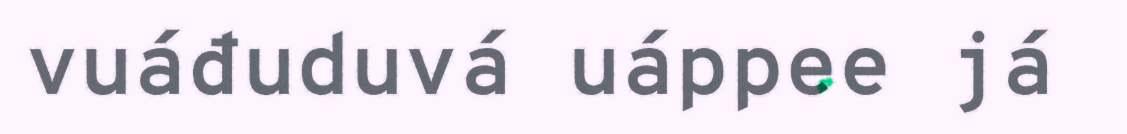
vuáđuduvá uáppee já